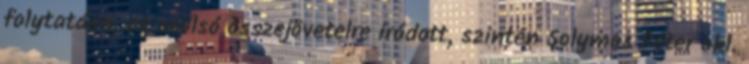
folytatása, az utolsó összejövetelre íródott, szintén Solymos Péter okl.